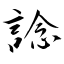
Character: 諗